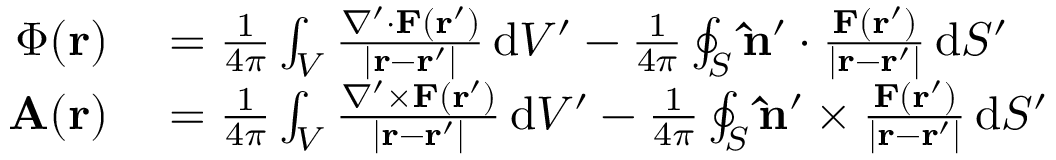
\begin{array} { r l } { \Phi ( \mathbf { r } ) } & { { } = { \frac { 1 } { 4 \pi } } \int _ { V } { \frac { \nabla ^ { \prime } \cdot \mathbf { F } ( \mathbf { r } ^ { \prime } ) } { | \mathbf { r } - \mathbf { r } ^ { \prime } | } } \, \mathrm { d } V ^ { \prime } - { \frac { 1 } { 4 \pi } } \oint _ { S } \mathbf { \hat { n } } ^ { \prime } \cdot { \frac { \mathbf { F } ( \mathbf { r } ^ { \prime } ) } { | \mathbf { r } - \mathbf { r } ^ { \prime } | } } \, \mathrm { d } S ^ { \prime } } \\ { \mathbf { A } ( \mathbf { r } ) } & { { } = { \frac { 1 } { 4 \pi } } \int _ { V } { \frac { \nabla ^ { \prime } \times \mathbf { F } ( \mathbf { r } ^ { \prime } ) } { | \mathbf { r } - \mathbf { r } ^ { \prime } | } } \, \mathrm { d } V ^ { \prime } - { \frac { 1 } { 4 \pi } } \oint _ { S } \mathbf { \hat { n } } ^ { \prime } \times { \frac { \mathbf { F } ( \mathbf { r } ^ { \prime } ) } { | \mathbf { r } - \mathbf { r } ^ { \prime } | } } \, \mathrm { d } S ^ { \prime } } \end{array}